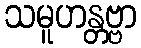
သမူဟန္တဗ္ဗာ